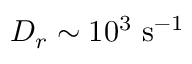
D _ { r } \sim 1 0 ^ { 3 } ~ \mathrm { s ^ { - 1 } }